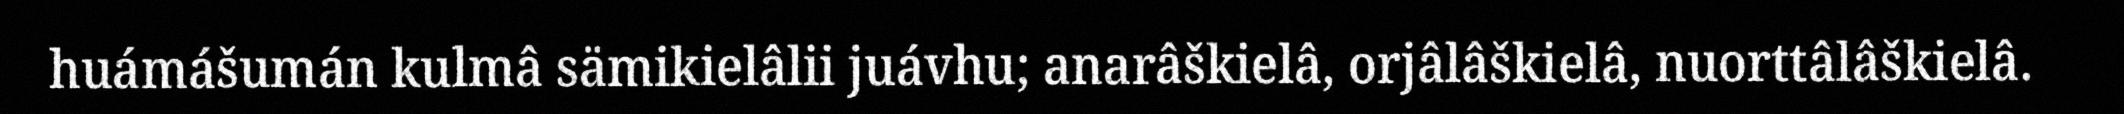
huámášumán kulmâ sämikielâlii juávhu; anarâškielâ, orjâlâškielâ, nuorttâlâškielâ.